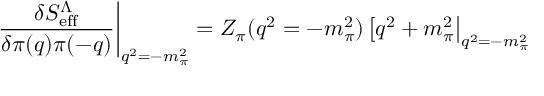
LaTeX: \left. { \frac { \delta S _ { \mathrm { e f f } } ^ { \Lambda } } { \delta \pi ( q ) \pi ( - q ) } } \right| _ { q ^ { 2 } = - m _ { \pi } ^ { 2 } } = Z _ { \pi } ( q ^ { 2 } = - m _ { \pi } ^ { 2 } ) \left[ q ^ { 2 } + m _ { \pi } ^ { 2 } \right| _ { q ^ { 2 } = - m _ { \pi } ^ { 2 } }